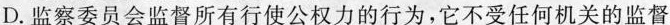
D.监察委员会监督所有行使公权力的行为，它不受任何机关的监督